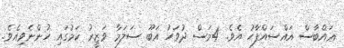
ޢައްބާސް އައްސައްފާހު އެވެ. 4މަސް ދުވަހު އަބޫ ސަލަމާ ވަޒީރު ކަމުގައި ހުންނެވިއެވެ.